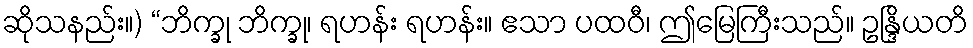
ဆိုသနည်း။) “ဘိက္ခု ဘိက္ခု၊ ရဟန်း ရဟန်း။ ဧသာ ပထဝီ၊ ဤမြေကြီးသည်။ ဥန္ဒြိယတိ